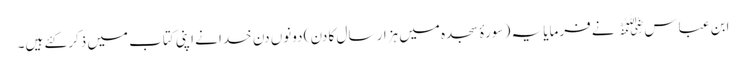
ابن عباس﷜ نے فرمایا یہ ( سورۂ سجدہ میں ہزار سال کا دن ) دونوں دن خدا نے اپنی کتاب میں ذکر کئے ہیں۔